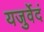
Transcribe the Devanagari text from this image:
यजुर्वेदं